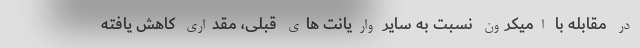
در مقابله با اُمیکرون نسبت به سایر واریانت های قبلی، مقداری کاهش یافته